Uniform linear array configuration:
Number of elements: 12
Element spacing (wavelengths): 0.75
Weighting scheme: kaiser
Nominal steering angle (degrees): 15
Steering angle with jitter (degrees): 15.279
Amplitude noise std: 0.05
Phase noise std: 0.05

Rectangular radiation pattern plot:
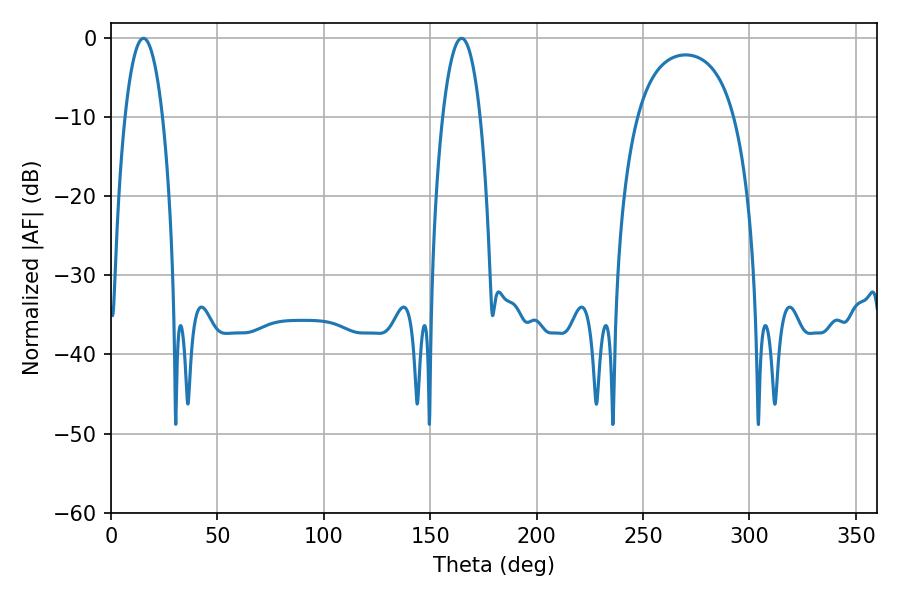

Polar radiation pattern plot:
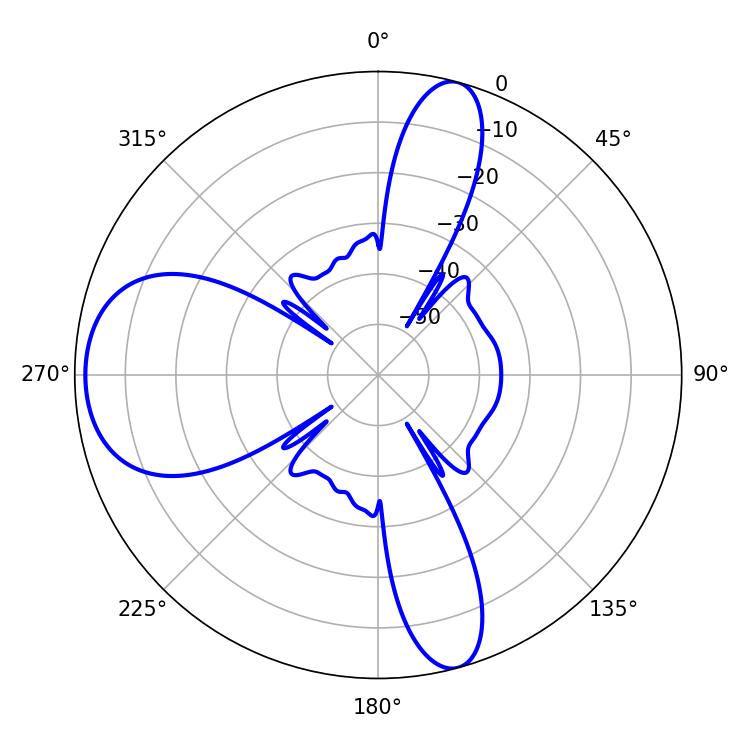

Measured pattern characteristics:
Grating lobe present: TRUE
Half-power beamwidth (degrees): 9.72
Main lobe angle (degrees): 15.3